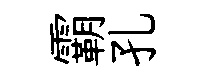
霸孔